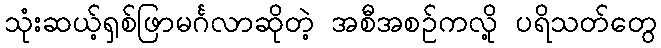
သုံးဆယ့်ရှစ်ဖြာမင်္ဂလာဆိုတဲ့ အစီအစဉ်ကလို့ ပရိသတ်တွေ